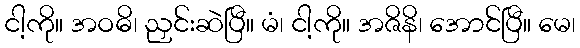
ငါ့ကို။ အဝဓိ၊ ညှင်းဆဲပြီ။ မံ၊ ငါ့ကို။ အဇိနိ၊ အောင်ပြီ။ မေ၊